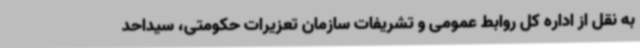
به نقل از اداره کل روابط عمومی و تشریفات سازمان تعزیرات حکومتی، سیداحد